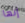
إنها